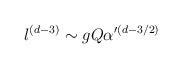
LaTeX: \begin{align*}l^{(d-3)} \sim g Q \alpha '^{(d-3/2)}\end{align*}